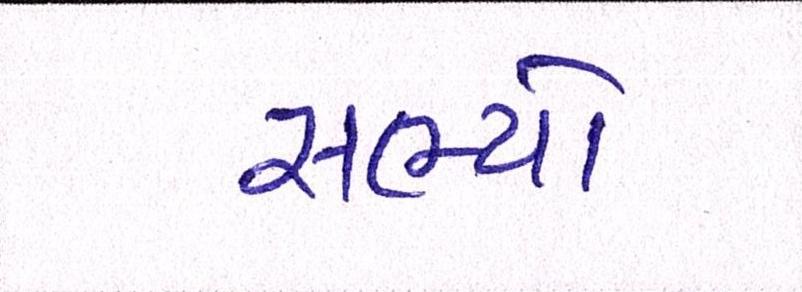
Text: સભ્યો